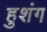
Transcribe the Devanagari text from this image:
हुशंग